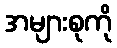
အများစုကို